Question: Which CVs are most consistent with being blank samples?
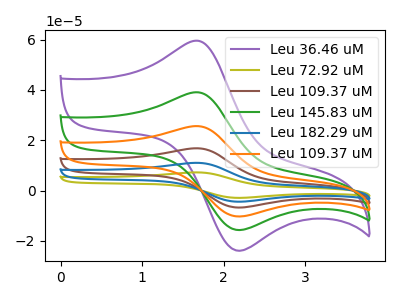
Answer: <think>The purple curve "Leu 36.46 uM" has an anodic peak at (1.70V, 59.50uA) and a cathodic peak at (2.20V, -23.95uA). The olive curve "Leu 72.92 uM" has an anodic peak at (1.70V, 195.15uA) and a cathodic peak at (2.20V, -78.50uA). The brown curve "Leu 109.37 uM" has an anodic peak at (1.70V, 117.10uA) and a cathodic peak at (2.20V, -47.10uA). The green curve "Leu 145.83 uM" has an anodic peak at (1.70V, 39.05uA) and a cathodic peak at (2.20V, -15.70uA). The blue curve "Leu 182.29 uM" has an anodic peak at (1.70V, 156.10uA) and a cathodic peak at (2.20V, -62.80uA). The orange curve "Leu 109.37 uM" has an anodic peak at (1.70V, 78.05uA) and a cathodic peak at (2.20V, -31.40uA).</think>
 <answer>There are not any CV's on this graph that are likely to be blanks.</answer>
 <eval>none</eval>